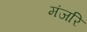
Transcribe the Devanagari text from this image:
मंजरि